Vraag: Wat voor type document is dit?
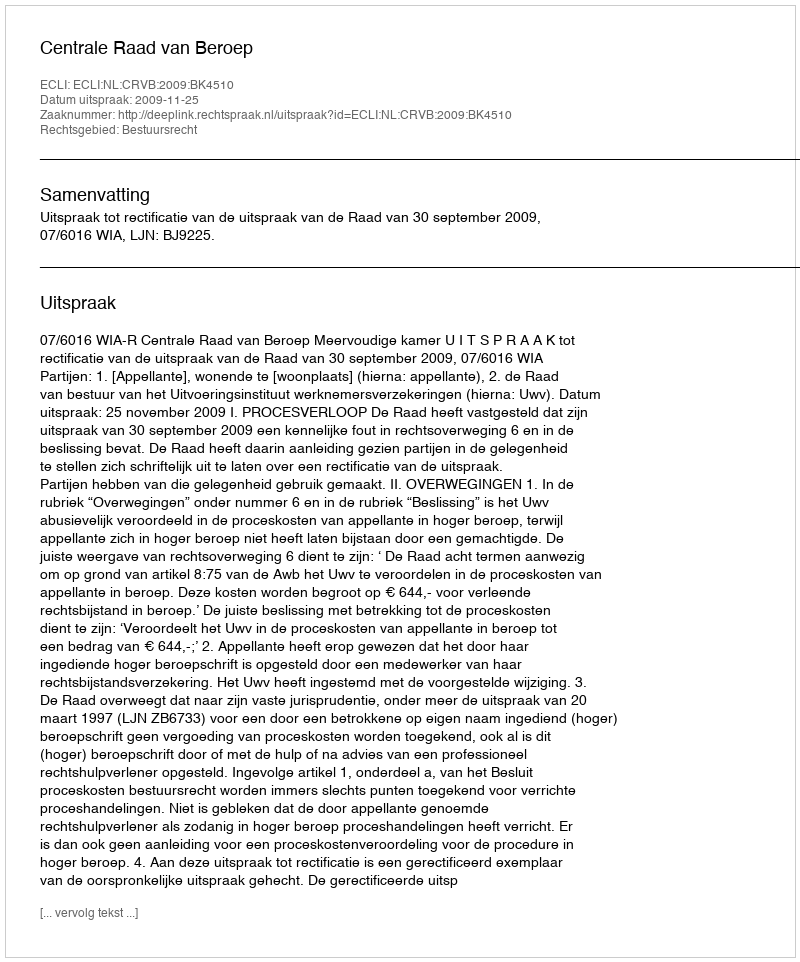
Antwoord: Uitspraak